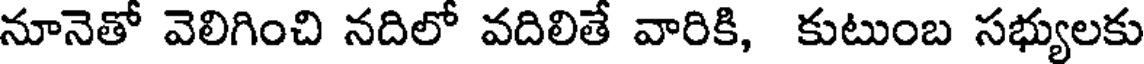
నూనెతో వెలిగించి నదిలో వదిలితే వారికి, కుటుంబ సభ్యులకు